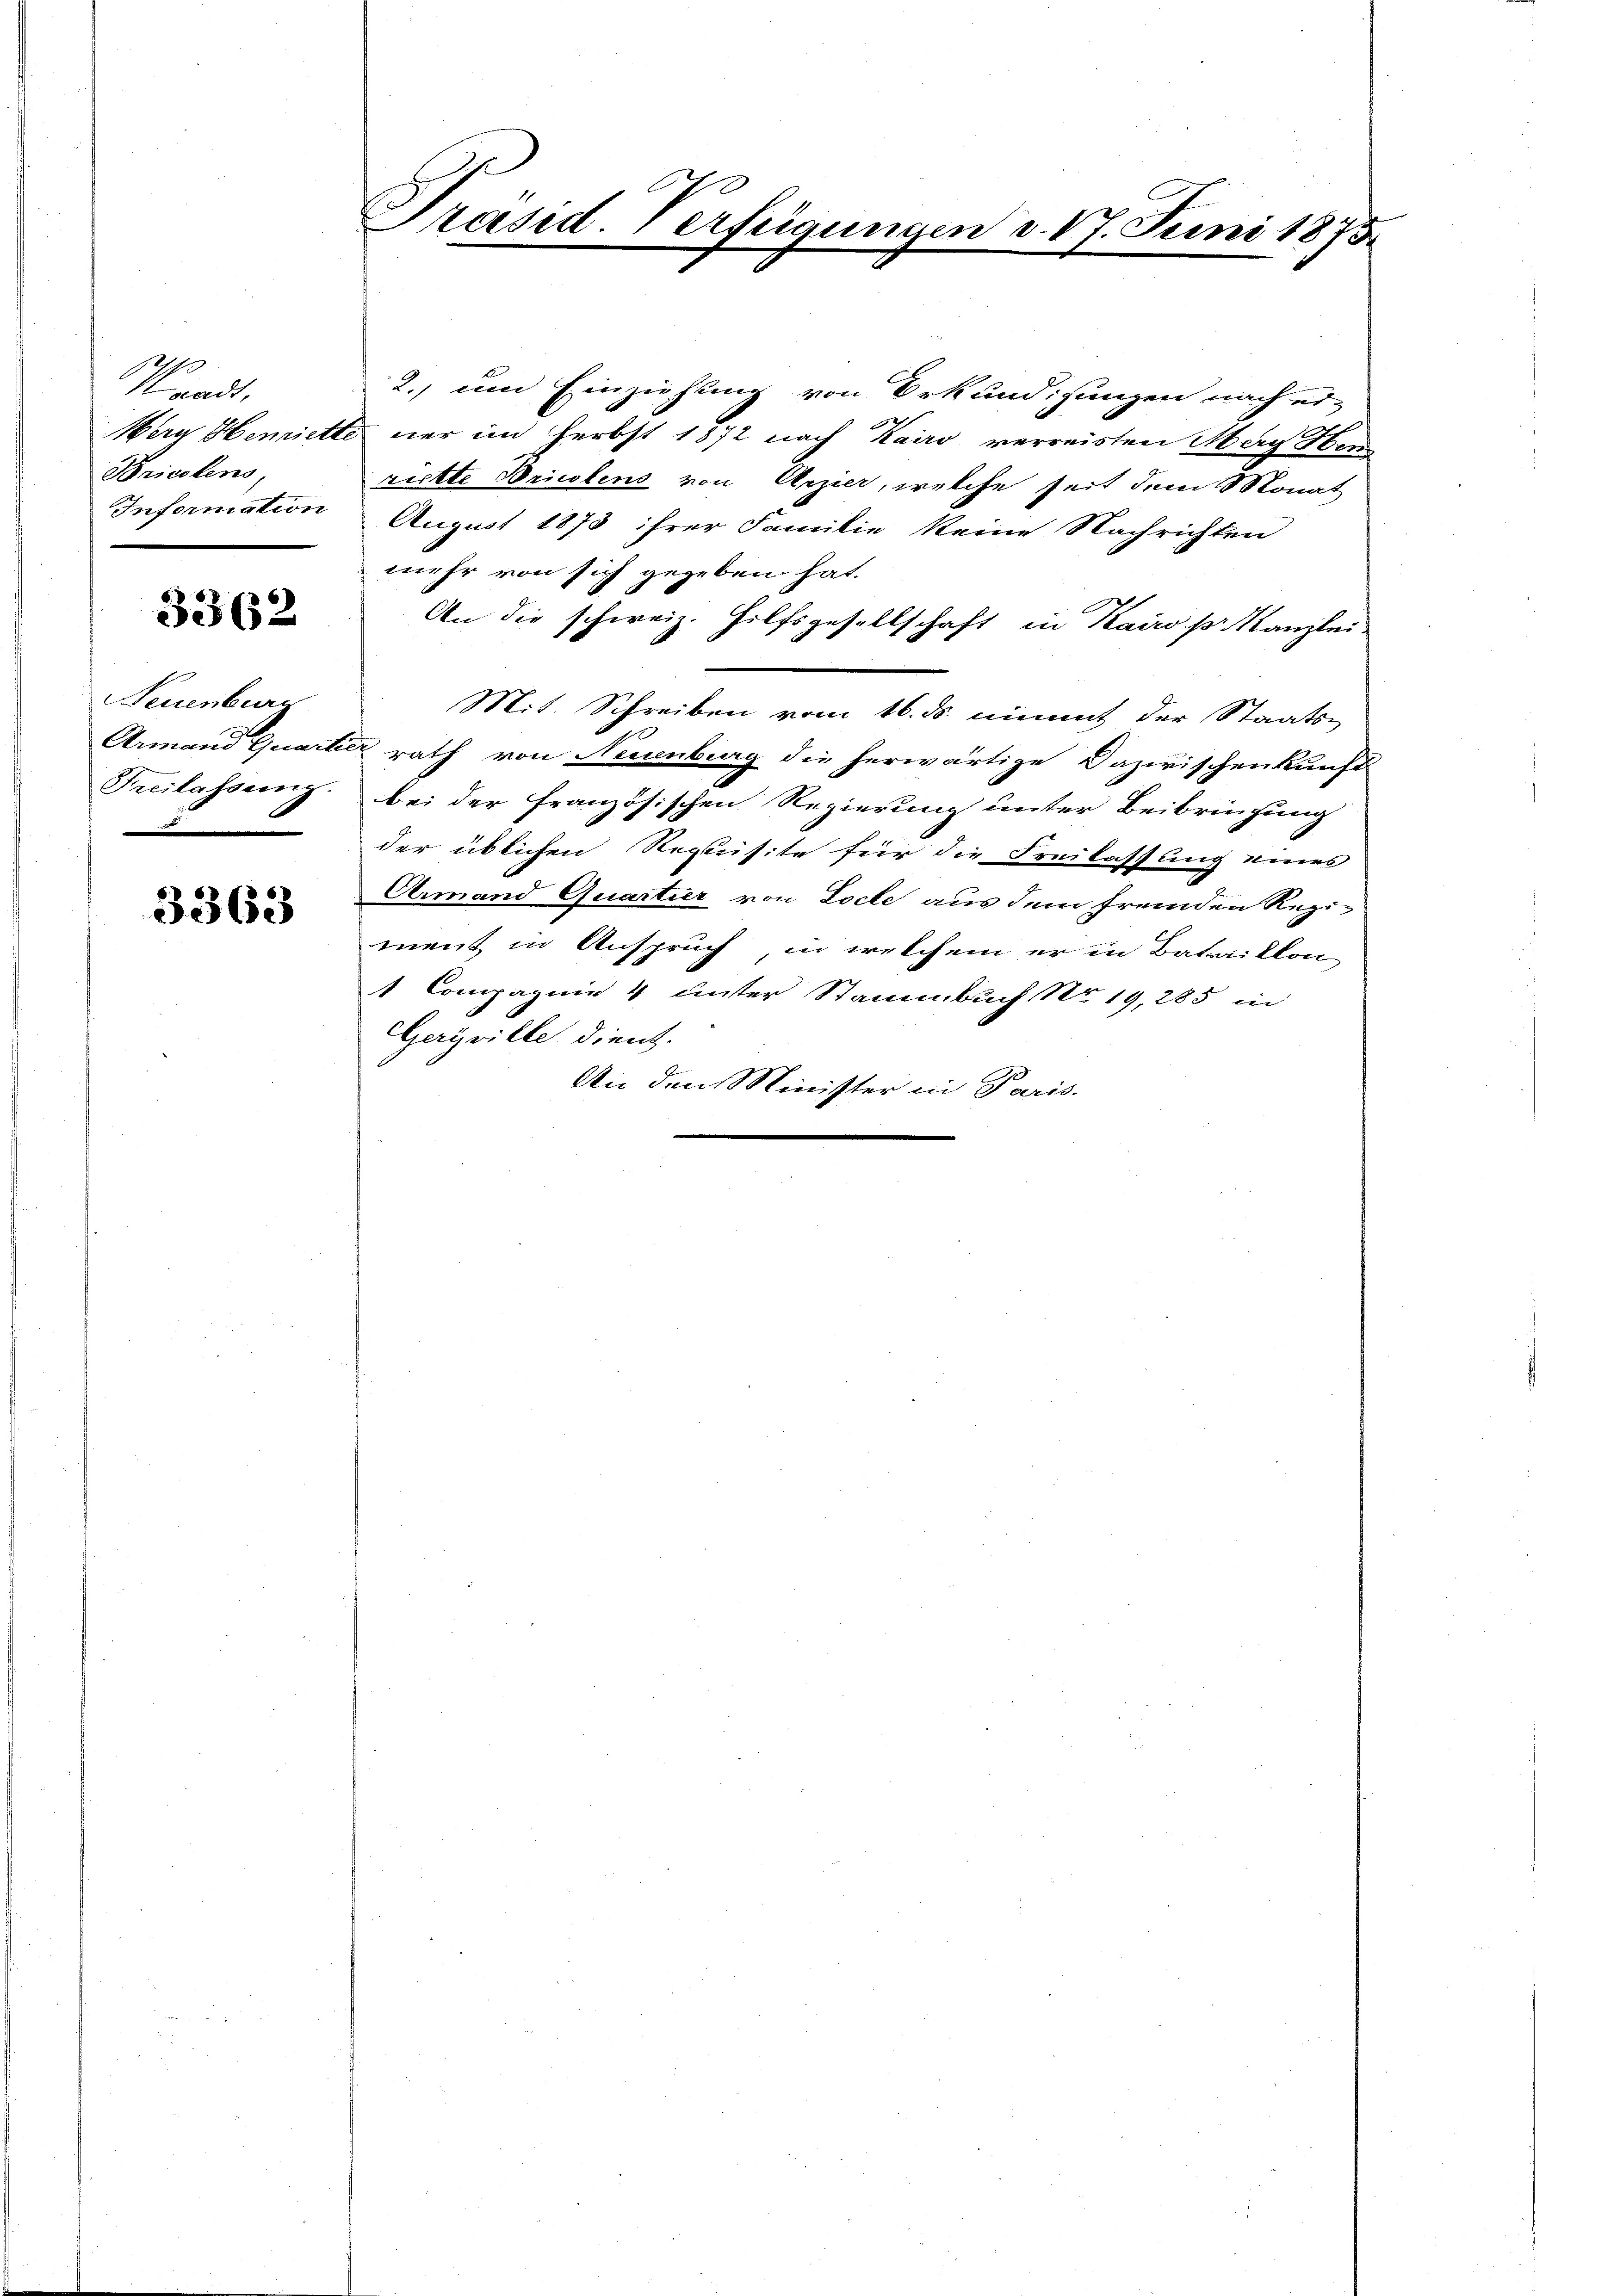
aadt,
Briestens,
Information

3362

Neuenburg
Freilassung.
.

3363

Präsid. Verfügungen d. 17. Juni 1875

2. um Einziehung von Urkundigungen nach er-
Werg Hemiette nur im Herbst 1872 nach Kairo verreisten May Her
rickte Briestens von Arzier, welche seit dem Monat
August 1873 ihrer Familie keine Nachrichten
mehr von sich gegeben hat.
An die schweiz. Hilfsgesellschaft in Kairo pr. Kanzlei-
Mit Schreiben vom 16. ds. nimmt der Staats-
Armand Quartiez rath von Neuenburg die herwärtige Dazwischenkunft
bei der französischen Regierung unter Beibringung
der üblichen Requisite für die Freilassung eines
Armand Quartier von Loche aus dem fremden Rezi-
ment in Anspruch, in welchem er in Bataillon
1 Compagnie 4 unter Stammbach Nr. 19, 285 in
Geryville dient.
An den Minister in Paris.